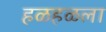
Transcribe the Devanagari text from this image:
हळहळला